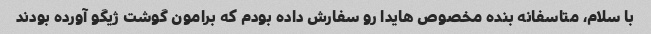
با سلام، متاسفانه بنده مخصوص هایدا رو سفارش داده بودم که برامون گوشت ژیگو آورده بودند